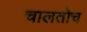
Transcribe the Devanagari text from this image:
चालतोच